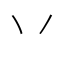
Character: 丷